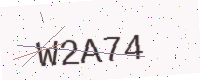
Text: W2A74